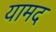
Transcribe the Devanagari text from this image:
यामद